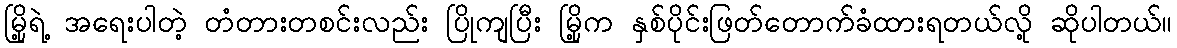
မြို့ရဲ့ အရေးပါတဲ့ တံတားတစင်းလည်း ပြိုကျပြီး မြို့က နှစ်ပိုင်းဖြတ်တောက်ခံထားရတယ်လို့ ဆိုပါတယ်။